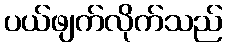
ပယ်ဖျက်လိုက်သည်